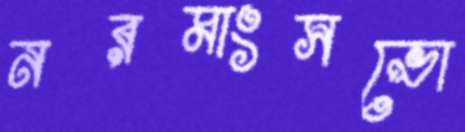
নরমাংসভো